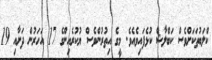
ކްލަބުތަކަށްވެސް ކަބްލާޝް ކުޅެފައިވެއެވެ. މީގެ އިތުރުންވެސް ޔުކުރެއިންގެ 17 އަހަރުން ދަށާއި 19